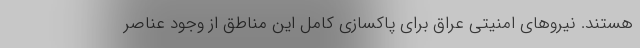
هستند. نیروهای امنیتی عراق برای پاکسازی کامل این مناطق از وجود عناصر